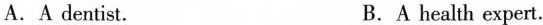
A.A dentist. B.A health expert.